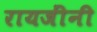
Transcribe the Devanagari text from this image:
रायजींनी